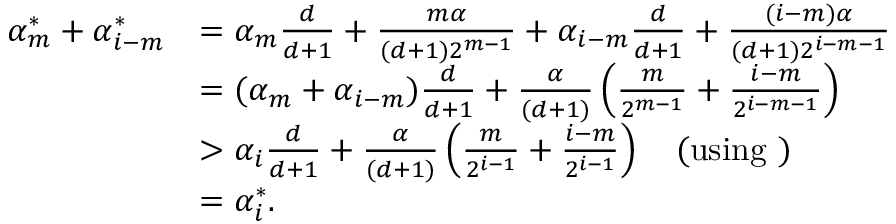
\begin{array} { r l } { \alpha _ { m } ^ { * } + \alpha _ { i - m } ^ { * } } & { = \alpha _ { m } \frac { d } { d + 1 } + \frac { m \alpha } { ( d + 1 ) 2 ^ { m - 1 } } + \alpha _ { i - m } \frac { d } { d + 1 } + \frac { ( i - m ) \alpha } { ( d + 1 ) 2 ^ { i - m - 1 } } } \\ & { = ( \alpha _ { m } + \alpha _ { i - m } ) \frac { d } { d + 1 } + \frac { \alpha } { ( d + 1 ) } \left( \frac { m } { 2 ^ { m - 1 } } + \frac { i - m } { 2 ^ { i - m - 1 } } \right) } \\ & { > \alpha _ { i } \frac { d } { d + 1 } + \frac { \alpha } { ( d + 1 ) } \left( \frac { m } { 2 ^ { i - 1 } } + \frac { i - m } { 2 ^ { i - 1 } } \right) \quad \mathrm { ( u s i n g ~ ) } } \\ & { = \alpha _ { i } ^ { * } . } \end{array}